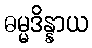
ဓမ္မဒိန္နာယ